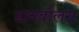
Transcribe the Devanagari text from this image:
डायबोलस